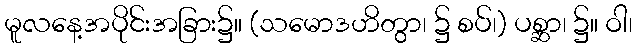
မူလနေ့အပိုင်းအခြား၌။ (သမောဒဟိတွာ၊ ၌ စပ်၊) ပစ္ဆာ၊ ၌။ ဝါ၊